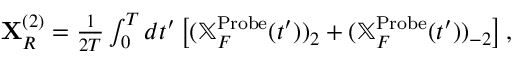
\begin{array} { r } { \mathbf { X } _ { R } ^ { ( 2 ) } = \frac { 1 } { 2 T } \int _ { 0 } ^ { T } d t ^ { \prime } \left[ ( \mathbb { X } _ { F } ^ { \mathrm { P r o b e } } ( t ^ { \prime } ) ) _ { 2 } + ( \mathbb { X } _ { F } ^ { \mathrm { P r o b e } } ( t ^ { \prime } ) ) _ { - 2 } \right] , } \end{array}